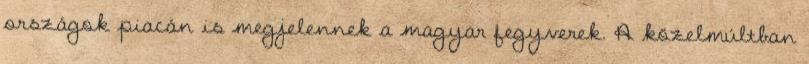
országok piacán is megjelennek a magyar fegyverek. A közelmúltban